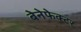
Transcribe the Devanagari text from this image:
बेनेफेक्टर